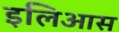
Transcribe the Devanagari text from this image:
इलिआस